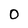
Character: 0